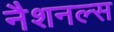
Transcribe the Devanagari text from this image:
नैशनल्स